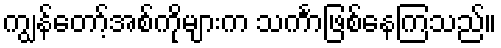
ကျွန်တော့်အစ်ကိုများက သင်္ကာဖြစ်နေကြသည်။